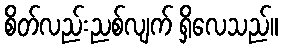
စိတ်လည်းညစ်လျက် ရှိလေသည်။